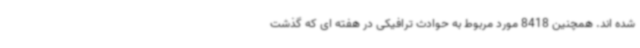
شده اند. همچنین 8418 مورد مربوط به حوادث ترافیکی در هفته ای که گذشت